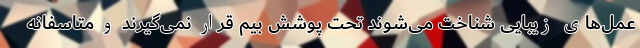
عمل‌های زیبایی شناخت می‌شوند تحت پوشش بیم قرار نمی‌گیرند و متاسفانه